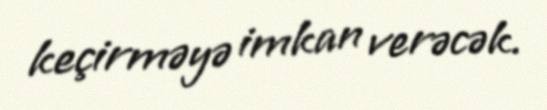
keçirməyə imkan verəcək.